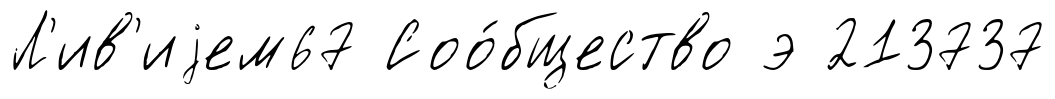
Л'ив'иjем67 Соо́бщество э 213737